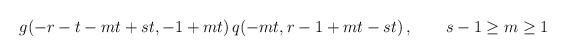
LaTeX: \begin{align*}g(-r - t - m t + s t, -1 + m t)\, q(-m t, r - 1 + m t - s t)\,,\qquad s-1\geq m\geq1 \end{align*}